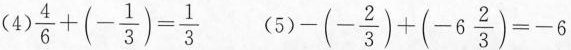
(4)$$\frac{4}{6}+(- \frac{1}{3})= \frac{1}{3}$$ (5)$$-(- \frac{2}{3})+(-6 \frac{2}{3})=-6$$